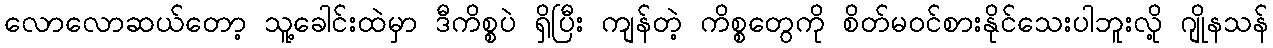
လောလောဆယ်တော့ သူ့ခေါင်းထဲမှာ ဒီကိစ္စပဲ ရှိပြီး ကျန်တဲ့ ကိစ္စတွေကို စိတ်မဝင်စားနိုင်သေးပါဘူးလို့ ဂျိုနသန်